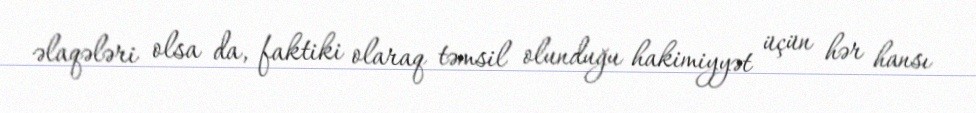
əlaqələri olsa da, faktiki olaraq təmsil olunduğu hakimiyyət üçün hər hansı